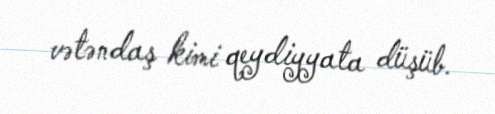
vətəndaş kimi qeydiyyata düşüb.